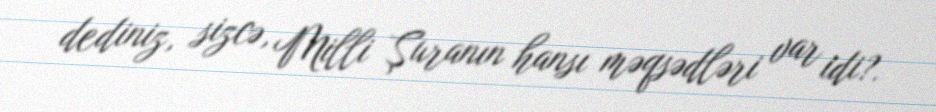
dediniz, sizcə, Milli Şuranın hansı məqsədləri var idi?.